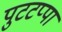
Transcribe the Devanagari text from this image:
पुटटप्पा